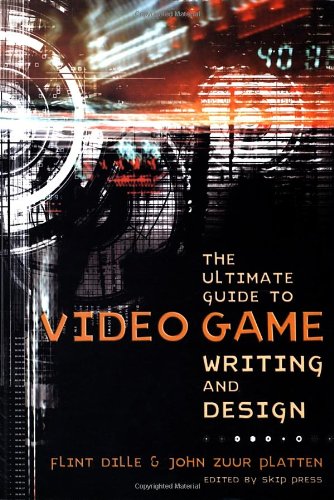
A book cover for The Ultimate Guide to Video Game Writing and Design; Flint Dille; Humor & Entertainment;